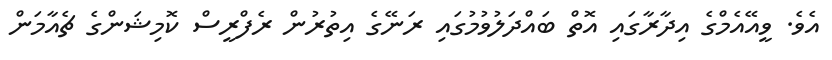
އެވެ. ވީއޭއެމްގެ އިދާރާގައި އޮތް ބައްދަލުވުމުގައި ރަނޭގެ އިތުރުން ރެފްރީސް ކޮމިޝަންގެ ޗެއާމަން